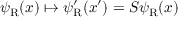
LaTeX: \psi _ { \mathrm { { R } } } ( x ) \mapsto \psi _ { \mathrm { { R } } } ^ { \prime } ( x ^ { \prime } ) = S \psi _ { \mathrm { { R } } } ( x )